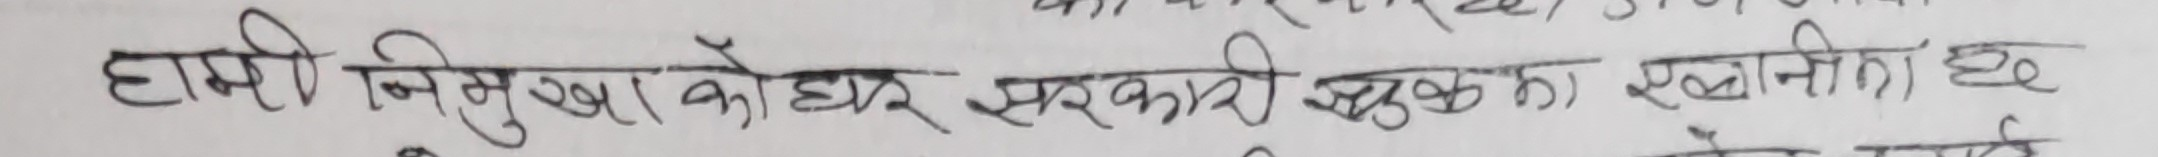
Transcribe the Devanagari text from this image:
हामी निसुख को हेर् सरकारी शुल्कका स्थानामा छ